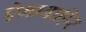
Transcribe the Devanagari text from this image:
ऐनाबाहिर